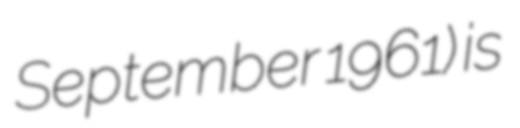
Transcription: September 1961) is